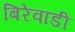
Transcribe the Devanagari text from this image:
बिरेवाडी